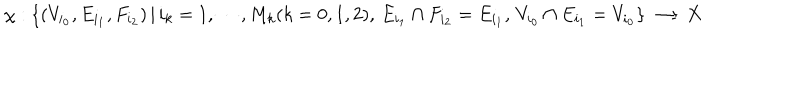
\chi : \{ ( V _ { i _ { 0 } } , E _ { i _ { 1 } } , F _ { i _ { 2 } } ) \, | \, i _ { k } = 1 , \cdots , M _ { k } ( k = 0 , 1 , 2 ) , \, E _ { i _ { 1 } } \cap F _ { i _ { 2 } } = E _ { i _ { 1 } } , \, V _ { i _ { 0 } } \cap E _ { i _ { 1 } } = V _ { i _ { 0 } } \} \longrightarrow X